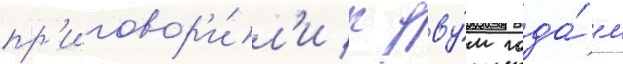
пр'иговор'и́л'и к дву́м года́м